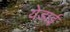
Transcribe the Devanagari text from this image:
येडाई